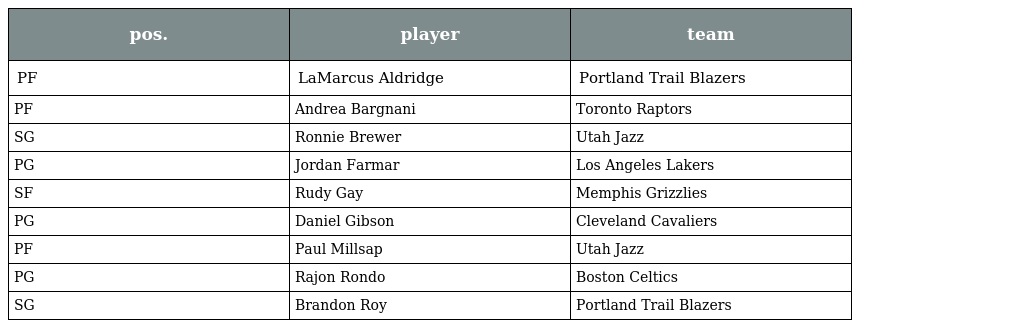
| pos. | player | team |
 | --- | --- | --- |
 | PF | LaMarcus Aldridge | Portland Trail Blazers |
 | PF | Andrea Bargnani | Toronto Raptors |
 | SG | Ronnie Brewer | Utah Jazz |
 | PG | Jordan Farmar | Los Angeles Lakers |
 | SF | Rudy Gay | Memphis Grizzlies |
 | PG | Daniel Gibson | Cleveland Cavaliers |
 | PF | Paul Millsap | Utah Jazz |
 | PG | Rajon Rondo | Boston Celtics |
 | SG | Brandon Roy | Portland Trail Blazers |